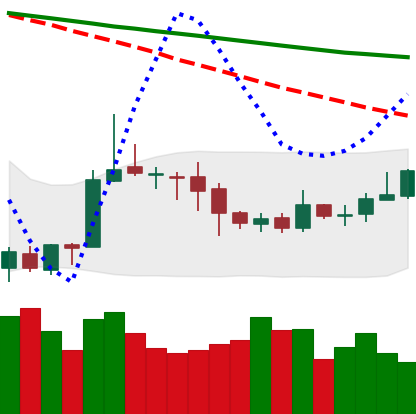
Ticker: ETC-USD
Chart end date: 2020-10-11
Forward return: -4.772%
Label: down_3_5